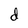
Character: d